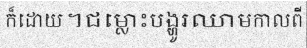
ក៏ដោយ។ជម្លោះបង្ហូរឈាមកាលពី